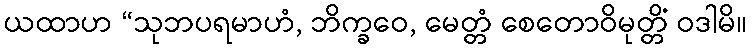
ယထာဟ “သုဘပရမာဟံ, ဘိက္ခဝေ, မေတ္တံ စေတောဝိမုတ္တိံ ဝဒါမိ။